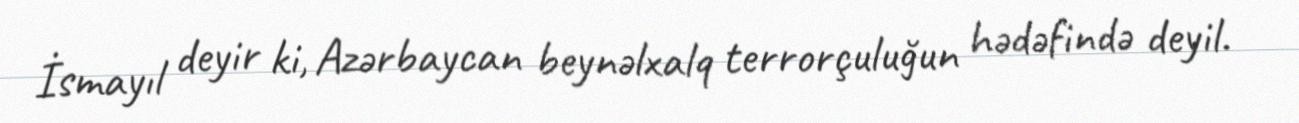
İsmayıl deyir ki, Azərbaycan beynəlxalq terrorçuluğun hədəfində deyil.